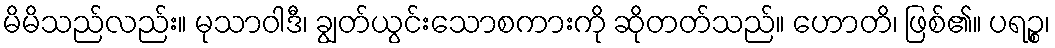
မိမိသည်လည်း။ မုသာဝါဒီ၊ ချွတ်ယွင်းသောစကားကို ဆိုတတ်သည်။ ဟောတိ၊ ဖြစ်၏။ ပရဉ္စ၊